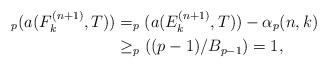
LaTeX: \begin{align*}_p(a(F_k^{(n+1)},T)) &=_p(a(E_k^{(n+1)},T))-\alpha_p(n,k)\\ & \geq _p((p-1)/B_{p-1})=1,\end{align*}